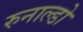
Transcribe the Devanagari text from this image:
रुनाल्डो